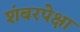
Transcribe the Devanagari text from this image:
शंबरपेक्षा